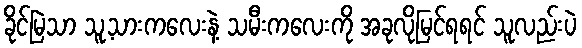
ခိုင်မြဲသာ သူ့သားကလေးနဲ့ သမီးကလေးကို အခုလိုမြင်ရရင် သူလည်းပဲ